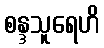
စန္ဒသူရေဟိ